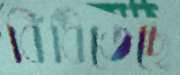
বিঁধিতেছে